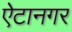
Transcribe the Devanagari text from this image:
ऐटानगर